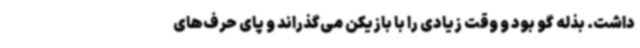
داشت. بذله گو بود و وقت زیادی را با بازیکن می‌گذراند و پای حرف‌های